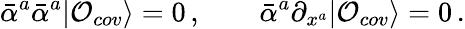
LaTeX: \bar{\alpha}^{a}\bar{\alpha}^{a}|{\cal O}_{cov}\rangle=0\, ,\qquad\bar{\alpha}^{a}\partial_{x^{a}}|{\cal O}_{cov}\rangle=0\, .